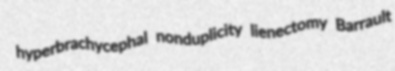
hyperbrachycephal nonduplicity lienectomy Barrault